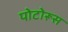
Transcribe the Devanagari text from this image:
पोटोरूस